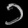
Digit: ၁